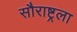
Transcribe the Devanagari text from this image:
सौराष्ट्रला